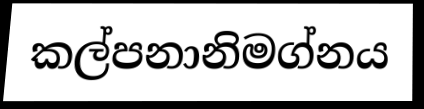
කල්පනානිමග්නය